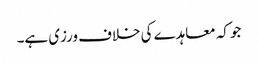
جو کہ معاہدے کی خلاف ورزی ہے۔